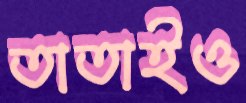
তাতাইও